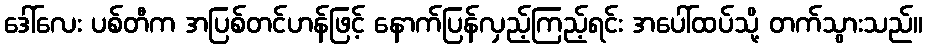
ဒေါ်လေး ပစ်တီက အပြစ်တင်ဟန်ဖြင့် နောက်ပြန်လှည့်ကြည့်ရင်း အပေါ်ထပ်သို့ တက်သွားသည်။